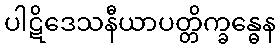
ပါဋိဒေသနီယာပတ္တိက္ခန္ဓေန